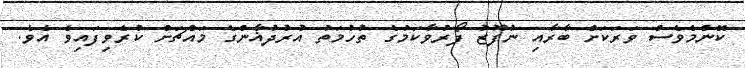
ކޮންމެވެސް ވަރަކަށް ބާރާއި ނުފޫޒު ފޯރުވާކަމުގެ ތުހުމަތު އުރުދުޣާންގެ މައްޗަށް ކުރެވިފައިވެ އެވެ.